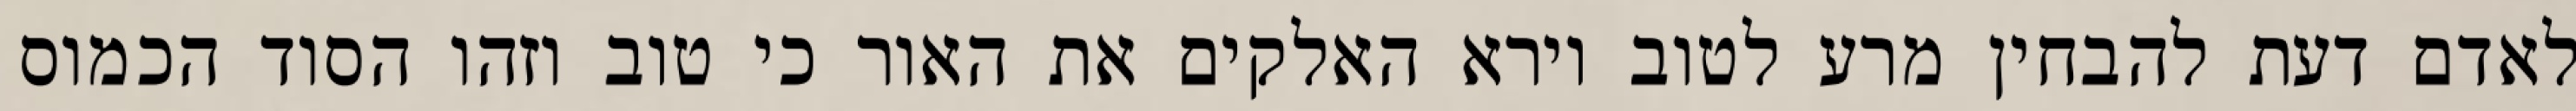
לאדם דעת להבחין מרע לטוב וירא האלקים את האור כי טוב וזהו הסוד הכמוס